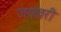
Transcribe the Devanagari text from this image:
जयावरी